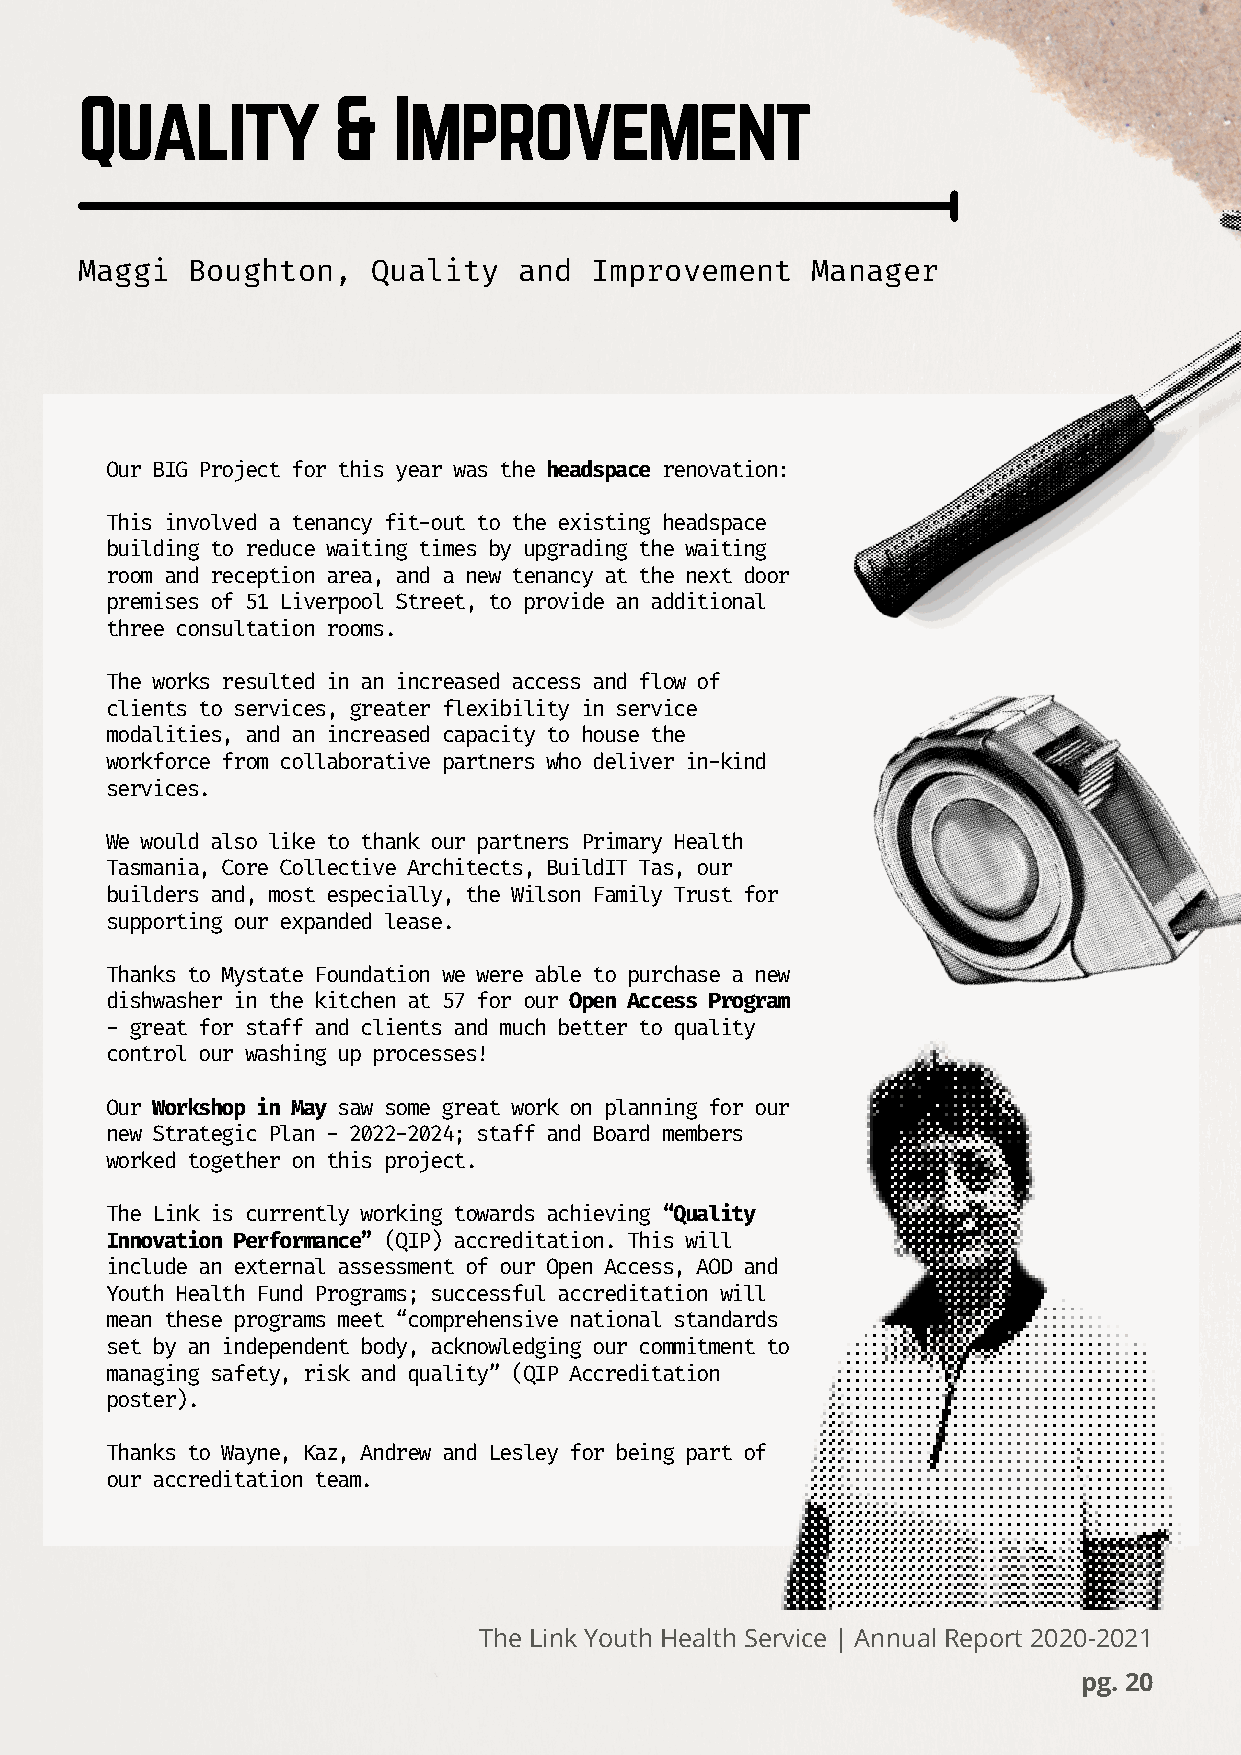
Quality          &   Improvement
 Maggi  Boughton,    Quality  and  Improvement    Manager
 Our BIG Project for this year was the headspace renovation:
 This involved a tenancy fit-out to the existing headspace
 building to reduce waiting times by upgrading the waiting
 room and reception area, and a new tenancy at the next door
 premises of 51 Liverpool Street, to provide an additional
 three consultation rooms.
 The works resulted in an increased access and flow of
 clients to services, greater flexibility in service
 modalities, and an increased capacity to house the
 workforce from collaborative partners who deliver in-kind
 services.
 We would also like to thank our partners Primary Health
 Tasmania, Core Collective Architects, BuildIT Tas, our
 builders and, most especially, the Wilson Family Trust for
 supporting our expanded lease.
 Thanks to Mystate Foundation we were able to purchase a new
 dishwasher in the kitchen at 57 for our Open Access Program
 - great for staff and clients and much better to quality
 control our washing up processes!
 Our Workshop in May saw some great work on planning for our
 new Strategic Plan - 2022-2024; staff and Board members
 worked together on this project.
 The Link is currently working towards achieving “Quality
 Innovation Performance” (QIP) accreditation. This will
 include an external assessment of our Open Access, AOD and
 Youth Health Fund Programs; successful accreditation will
 mean these programs meet “comprehensive national standards
 set by an independent body, acknowledging our commitment to
 managing safety, risk and quality” (QIP Accreditation
 poster).
 Thanks to Wayne, Kaz, Andrew and Lesley for being part of
 our accreditation team.
 The Link Youth Health Service | Annual Report 2020-2021
 pg. 20